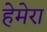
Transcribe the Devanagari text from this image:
हेमेरा